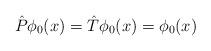
LaTeX: \begin{align*}\hat{P}\phi_{0}(x)= \hat{T}\phi_{0}(x)=\phi_{0}(x)\end{align*}